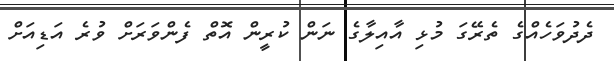
ދެދުވަހެއްގެ ތެރޭގަ މުޅި އާއިލާގެ ނަން ކުރީން އޮތް ފެންވަރަށް ވުރެ އަޑިއަށް